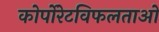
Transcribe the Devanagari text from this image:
कोर्पोरेटविफलताओ